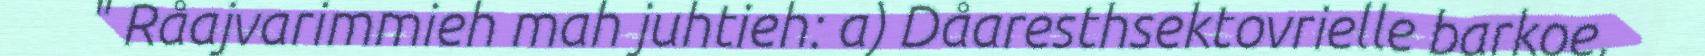
" Råajvarimmieh mah juhtieh: a) Dåaresthsektovrielle barkoe,